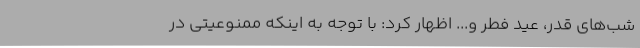
شب‌های قدر، عید فطر و... اظهار کرد: با توجه به اینکه ممنوعیتی در